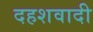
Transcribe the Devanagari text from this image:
दहशवादी